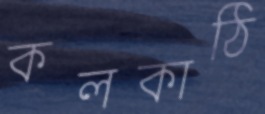
কলকাঠি